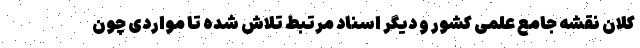
کلان نقشه جامع علمی کشور و دیگر اسناد مرتبط تلاش شده تا مواردی چون